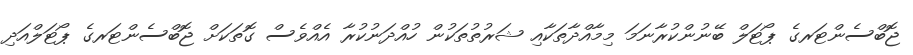
ޖޮބްސެންޓަރގެ ޕޯޓަލް ބޭނުންކުރާނަމަ މިމާއްދާތަކާއި ޝަރުތުތަކުން ހުއްދަނުކުރާ އެއްވެސް ގޮތަކަށް ޖޮބްސެންޓަރގެ ޕޯޓަލްއަދި